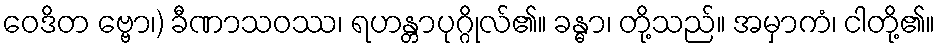
ဝေဒိတ ဗ္ဗော၊) ခီဏာသဝဿ၊ ရဟန္တာပုဂ္ဂိုလ်၏။ ခန္ဓာ၊ တို့သည်။ အမှာကံ၊ ငါတို့၏။